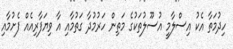
ހިދުމަތާ އެކު އިސްލާމީ އުސޫލުތަކުގެ މަތިން ހަރުމުދާ ގަތުމާއި އާ ވިޔަފާރިއެއް ފެށުމާއި